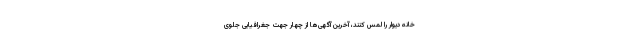
خانه دیوار را لمس کنند، آخرین آگهی‌ها از چهار جهت جغرافیایی جلوی